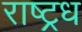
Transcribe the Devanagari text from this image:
राष्ट्रध